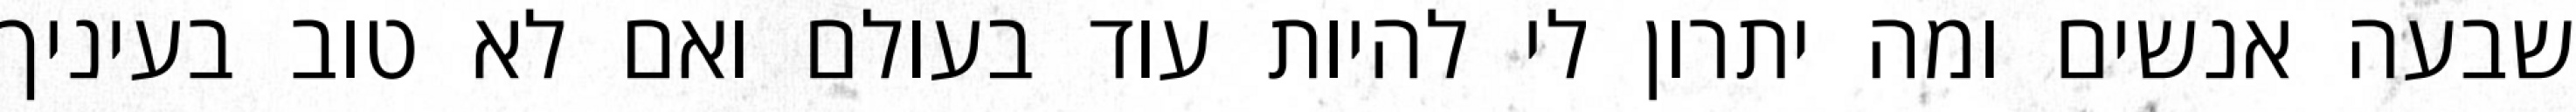
שבעה אנשים ומה יתרון לי להיות עוד בעולם ואם לא טוב בעיניך